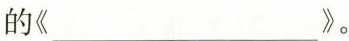
的《___》。